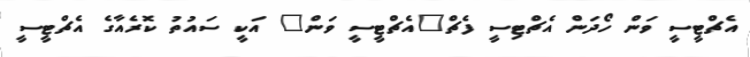
އެޗްޓީސީ ވަން ހޯދަން އެޗްޓިސީ ފެޗް"އެޗްޓީސީ ވަން" އަކީ ސައުތު ކޮރެއާގެ އެޗްޓީސީ